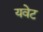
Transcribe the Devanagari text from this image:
यवेट